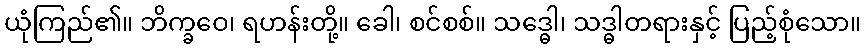
ယုံကြည်၏။ ဘိက္ခဝေ၊ ရဟန်းတို့။ ခေါ၊ စင်စစ်။ သဒ္ဓေါ၊ သဒ္ဓါတရားနှင့် ပြည့်စုံသော။